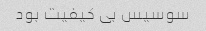
سوسیس بی کیفیت بود